Indian journal of veterinary science and animal husbandry - Volumes 15-17, 1948-1951
Year: 1948
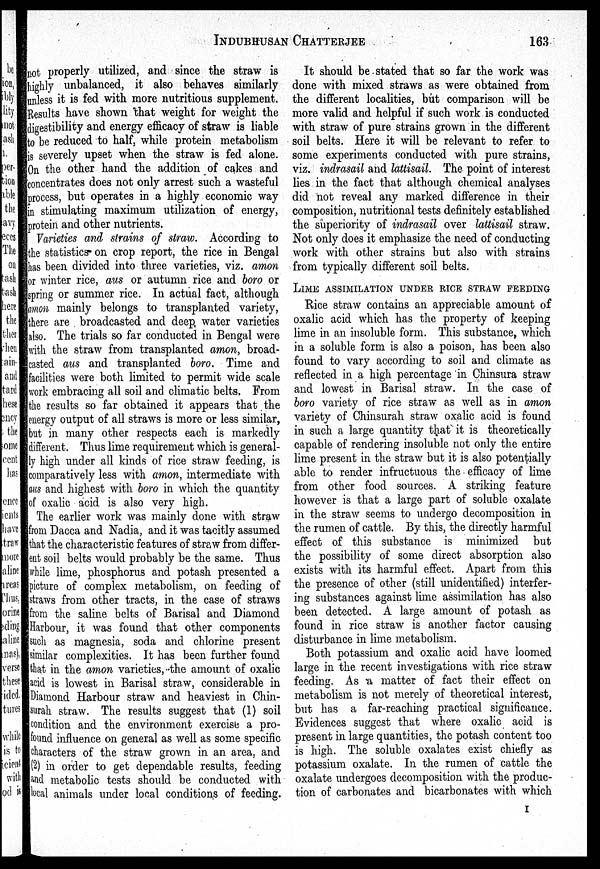
INDUBHUSAN
CHATTERJEE
163
not properly utilized, and since the straw is
highly unbalanced, it also behaves similarly
unless it is fed with more nutritious supplement.
Results have shown that weight for weight the
digestibility and energy efficacy of straw is liable
to be reduced to half, while protein metabolism
is severely upset when the straw is fed alone.
On the other hand the addition of cakes and
concentrates does not only arrest such a wasteful
process, but operates in a highly economic way
in stimulating maximum utilization of energy,
protein and other nutrients.
Varieties and strains of straw. According to
the statistics on crop report, the rice in Bengal
has been divided into three varieties, viz. amon
or winter rice, aus or autumn rice and boro or
spring or summer rice. In actual fact, although
amon mainly belongs to transplanted variety,
there are broadcasted and deep water varieties
also. The trials so far conducted in Bengal were
with the straw from transplanted amon, broad-
casted aus and transplanted boro. Time and
facilities were both limited to permit wide scale
work embracing all soil and climatic belts. From
the results so far obtained it appears that the
energy output of all straws is more or less similar,
but in many other respects each is markedly
different. Thus lime requirement which is general-
ly high under all kinds of rice straw feeding, is
comparatively less with amon, intermediate with
aus and highest with boro in which the quantity
of oxalic acid is also very high.
The earlier work was mainly done with straw
from Dacca and Nadia, and it was tacitly assumed
that the characteristic features of straw from differ-
ent soil belts would probably be the same. Thus
while lime, phosphorus and potash presented a
picture of complex metabolism, on feeding of
straws from other tracts, in the case of straws
from the saline belts of Barisal and Diamond
Harbour, it was found that other components
such as magnesia, soda and chlorine present
similar complexities. It has been further found
that in the amon varieties, the amount of oxalic
acid is lowest in Barisal straw, considerable in
Diamond Harbour straw and heaviest in Chin-
surah straw. The results suggest that (1) soil
condition and the environment exercise a pro-
found influence on general as well as some specific
characters of the straw grown in an area, and
(2) in order to get dependable results, feeding
and metabolic tests should be conducted with
local animals under local conditions of feeding.
It should be stated that so far the work was
done with mixed straws as were obtained from
the different localities, but comparison will be
more valid and helpful if such work is conducted
with straw of pure strains grown in the different
soil belts. Here it will be relevant to refer to
some experiments conducted with pure strains,
viz. indrasail and lattisail. The point of interest
lies in the fact that although chemical analyses
did not reveal any marked difference in their
composition, nutritional tests definitely established
the superiority of indrasail over lattisail straw.
Not only does it emphasize the need of conducting
work with other strains but also with strains
from typically different soil belts.
LIME ASSIMILATION UNDER RICE STRAW FEEDING
Rice straw contains an appreciable amount of
oxalic acid which has the property of keeping
lime in an insoluble form. This substance, which
in a soluble form is also a poison, has been also
found to vary according to soil and climate as
reflected in a high percentage in Chinsura straw
and lowest in Barisal straw. In the case of
boro variety of rice straw as well as in amon
variety of Chinsurah straw oxalic acid is found
in such a large quantity that it is theoretically
capable of rendering insoluble not only the entire
lime present in the straw but it is also potentially
able to render infructuous the efficacy of lime
from other food sources. A striking feature
however is that a large part of soluble oxalate
in the straw seems to undergo decomposition in
the rumen of cattle. By this, the directly harmful
effect of this substance is minimized but
the possibility of some direct absorption also
exists with its harmful effect. Apart from this
the presence of other (still unidentified) interfer-
ing substances against lime assimilation has also
been detected. A large amount of potash as
found in rice straw is another factor causing
disturbance in lime metabolism.
Both potassium and oxalic acid have loomed
large in the recent investigations with rice straw
feeding. As a matter of fact their effect on
metabolism is not merely of theoretical interest,
but has a far-reaching practical significance.
Evidences suggest that where oxalic acid is
present in large quantities, the potash content too
is high. The soluble oxalates exist chiefly as
potassium oxalate. In the rumen of cattle the
oxalate undergoes decomposition with the produc-
tion of carbonates and bicarbonates with which
I